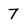
Character: 7